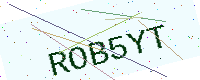
Text: ROB5YT